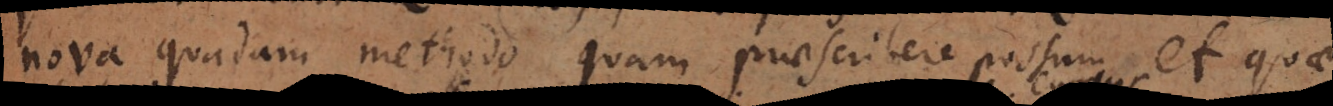
nova quadam methodo quam praescribere possum et quae